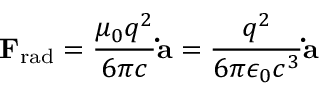
\mathbf { F } _ { \mathrm { r a d } } = { \frac { \mu _ { 0 } q ^ { 2 } } { 6 \pi c } } \mathbf { \dot { a } } = { \frac { q ^ { 2 } } { 6 \pi \epsilon _ { 0 } c ^ { 3 } } } \mathbf { \dot { a } }